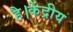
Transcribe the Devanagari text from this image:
है।केंद्रीय